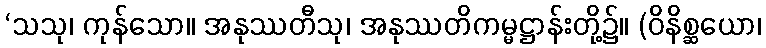
‘သသု၊ ကုန်သော။ အနုဿတီသု၊ အနုဿတိကမ္မဋ္ဌာန်းတို့၌။ (ဝိနိစ္ဆယော၊